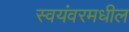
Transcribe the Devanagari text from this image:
स्वयंवरमधील